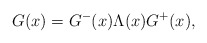
\begin{align*}G(x) = G^{-}(x) \Lambda(x) G^{+}(x),\end{align*}